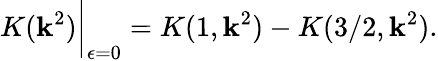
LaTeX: K(\mathbf{k}^{2})\bigg|_{\epsilon=0}=K(1,\mathbf{k}^{2})-K(3/2,\mathbf{k}^{2}).